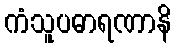
ကံသူပဓာရဏာနိ